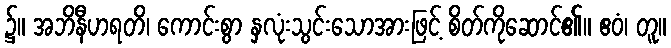
၌။ အဘိနီဟရတိ၊ ကောင်းစွာ နှလုံးသွင်းသောအားဖြင့် စိတ်ကိုဆောင်၏။ ဧဝံ၊ တူ။